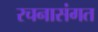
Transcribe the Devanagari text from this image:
रचनासंगत